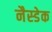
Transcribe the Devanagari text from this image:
नैस्डेक